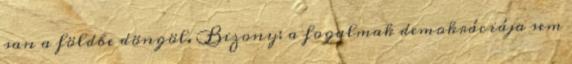
san a földbe döngöl. Bizony: a fogalmak demokráciája sem